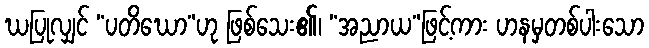
ဃပြုလျှင် “ပတိဃော”ဟု ဖြစ်သေး၏၊ “အညာယ”ဖြင့်ကား ဟနမှတစ်ပါးသော